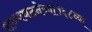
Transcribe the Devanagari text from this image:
राज्यघटनेच्या१६८व्या